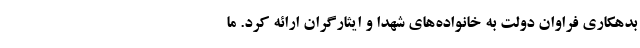
بدهکاری فراوان دولت به خانواده‌های شهدا و ایثارگران ارائه کرد. ما